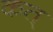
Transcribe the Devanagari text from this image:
कत्